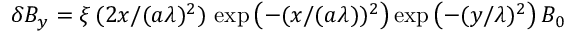
{ \delta B _ { y } = \xi \, ( 2 x / ( a \lambda ) ^ { 2 } ) \, \exp \left( - ( x / ( a \lambda ) ) ^ { 2 } \right) \exp \left( - ( y / \lambda ) ^ { 2 } \right) B _ { 0 } }